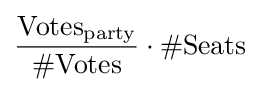
{\frac {{\text{Votes}}_{\text{party}}}{\#{\text{Votes}}}}\cdot \#{\text{Seats}}